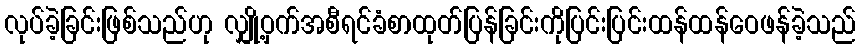
လုပ်ခဲ့ခြင်းဖြစ်သည်ဟု လျှို့ဝှက်အစီရင်ခံစာထုတ်ပြန်ခြင်းကိုပြင်းပြင်းထန်ထန်ဝေဖန်ခဲ့သည်